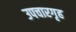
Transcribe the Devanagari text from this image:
उपचारगृह